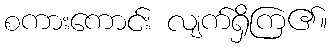
စကားကောင်း လျက်ရှိကြ၏။